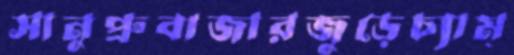
সানুপ্রুবাজারজুড়েচ্যাম্